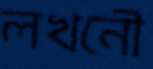
লখনৌ